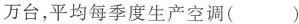
万台，平均每季度生产空调( )